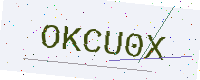
Text: OKCU0X